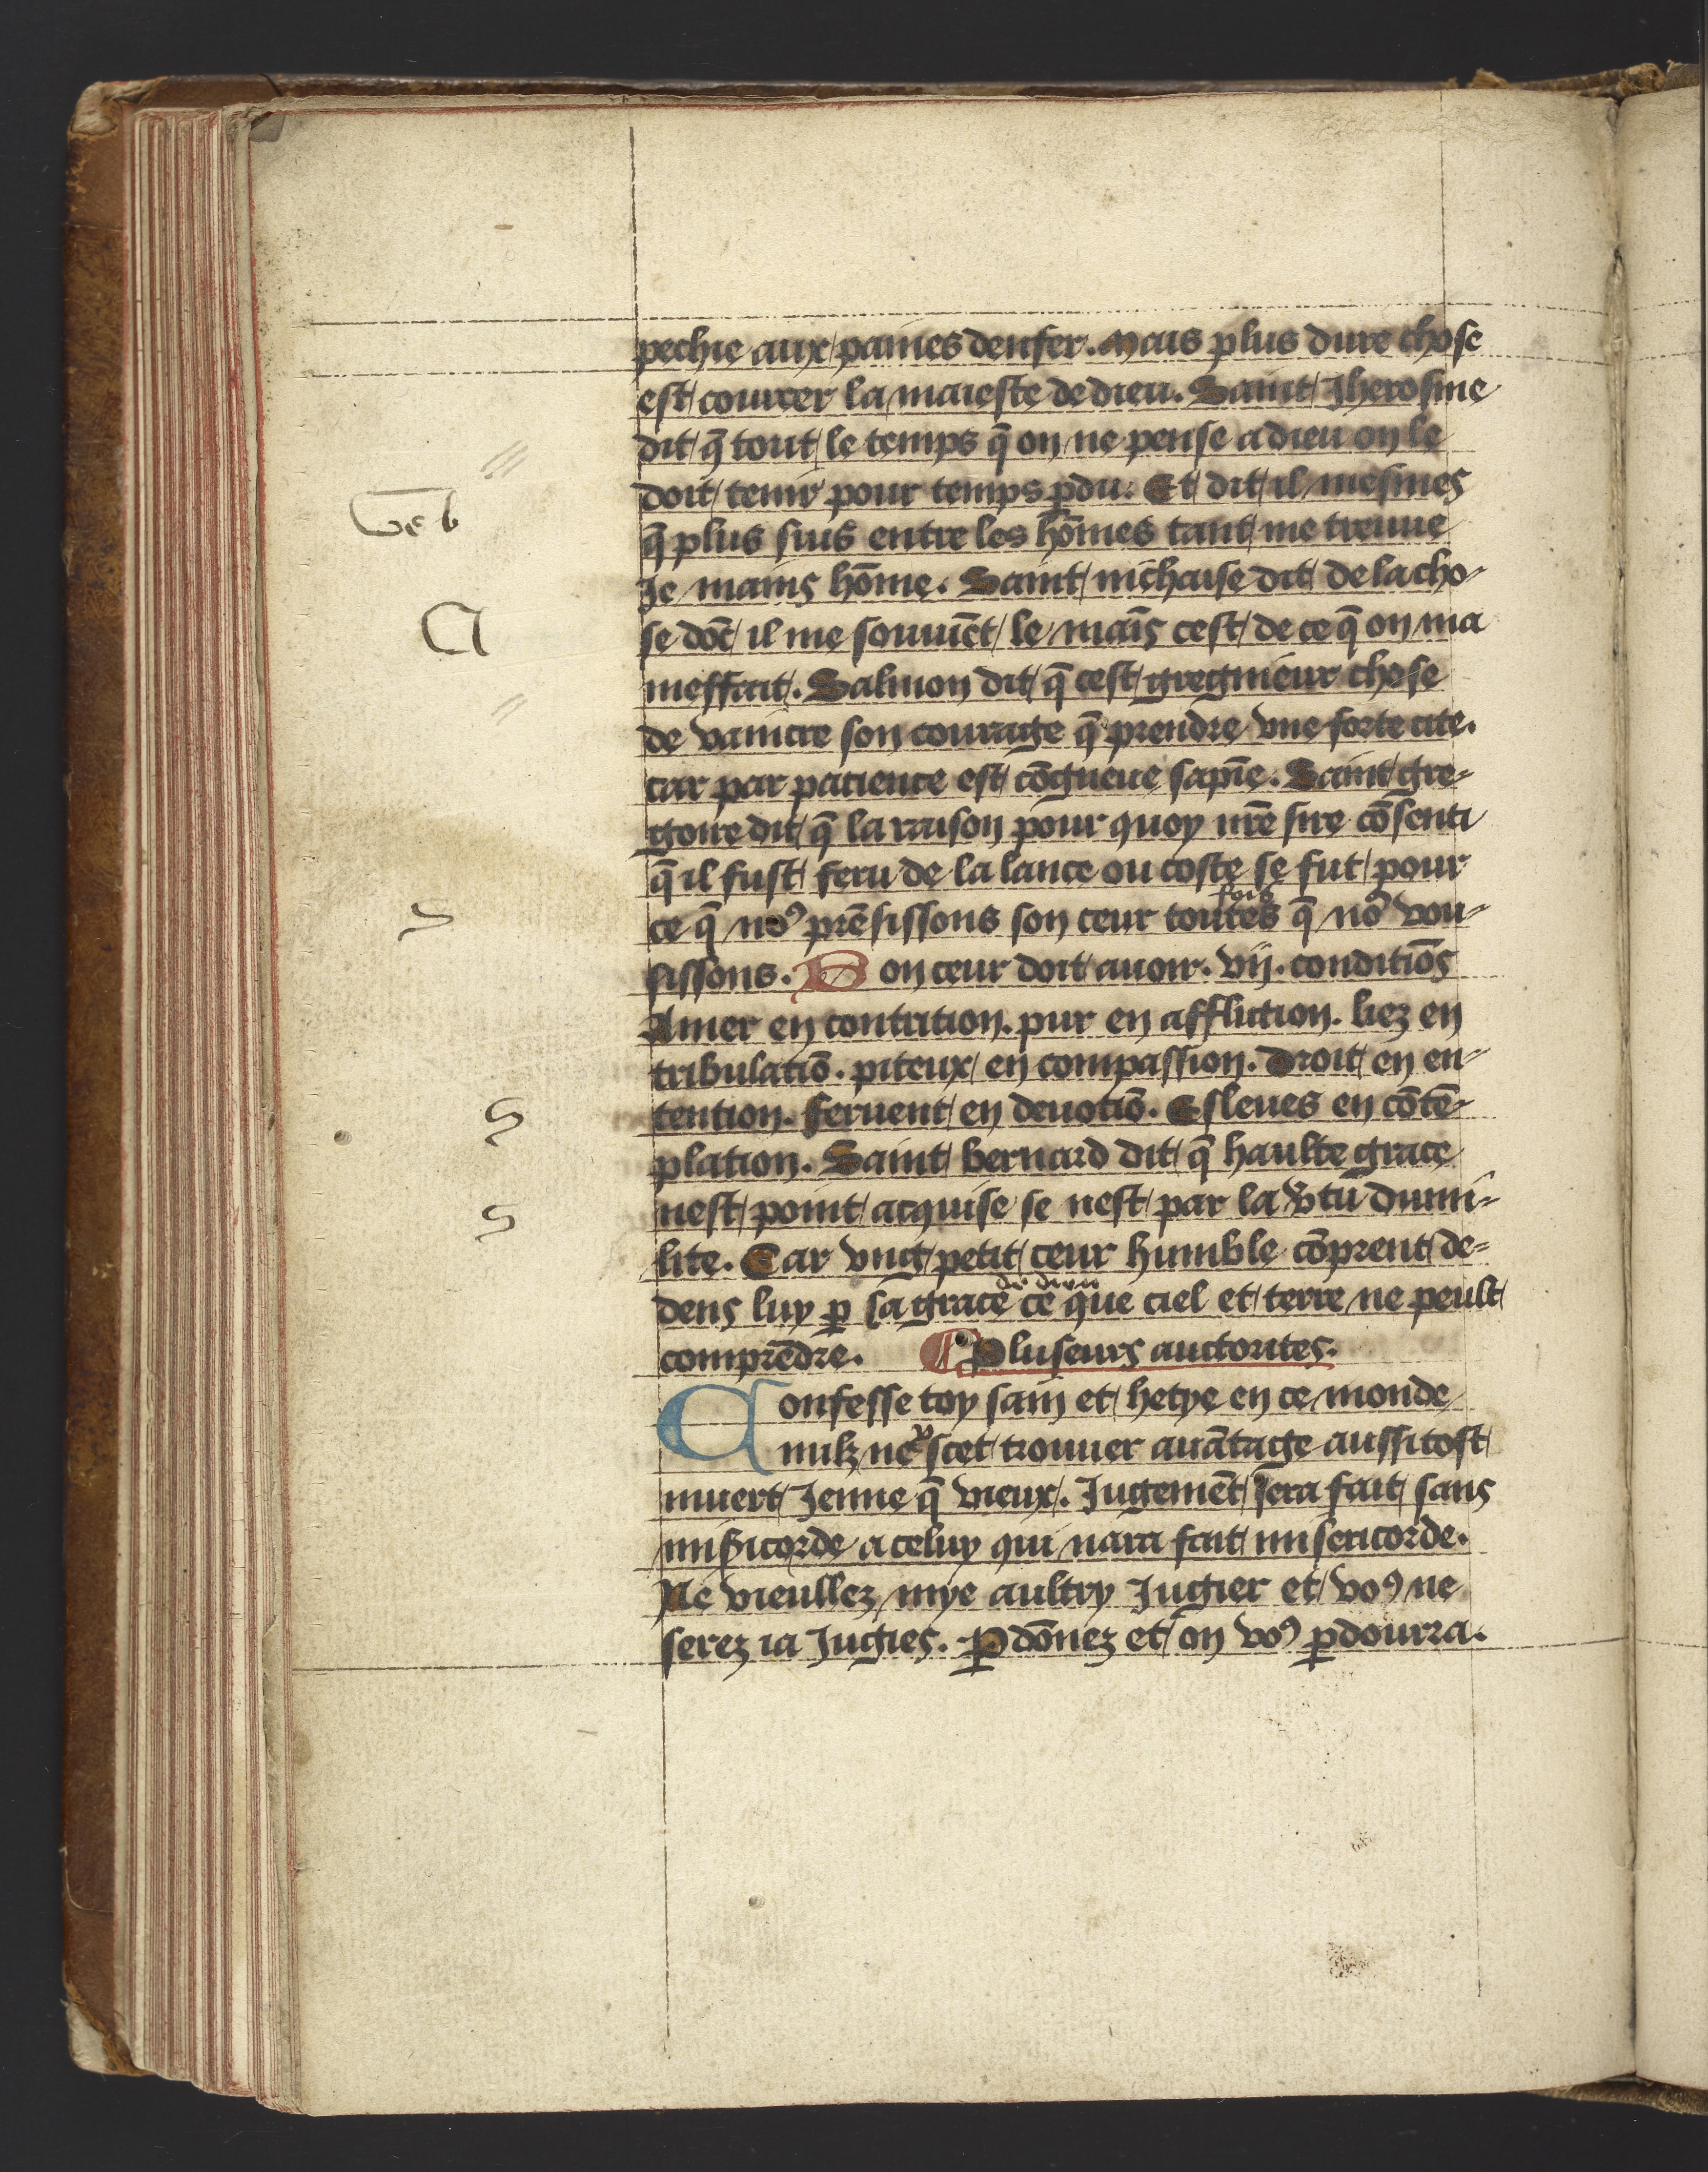
Shelfmark: Philadelphia, University of Pennsylvania, Ms. Codex 660
Century: 14